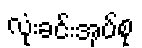
လုံးခင်းအုပ်စု